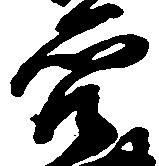
穴